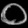
Digit: ၀